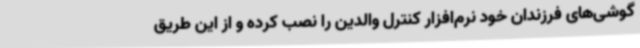
گوشی‌های فرزندان خود نرم‌افزار کنترل والدین را نصب کرده و از این طریق